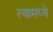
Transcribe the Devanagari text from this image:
त्यामध्यें